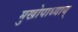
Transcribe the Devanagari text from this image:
मुखोपाध्याय्